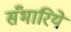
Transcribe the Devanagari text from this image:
सँभारिये